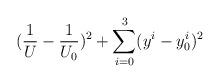
LaTeX: \begin{align*}(\frac{1}{U}-\frac{1}{U_0})^2 + \sum_{i=0}^{3}(y^i-y^i_0)^2\end{align*}